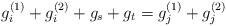
LaTeX: \begin{align*}g_i^{(1)}+g_i^{(2)}+g_s+g_t=g_j^{(1)}+g_j^{(2)}\end{align*}